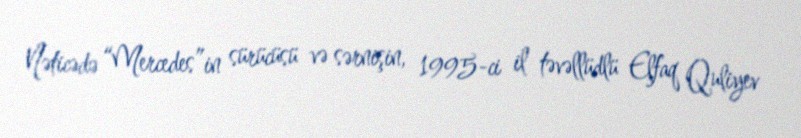
Nəticədə “Mercedes”in sürücüsü və sərnişin, 1995-ci il təvəllüdlü Elfaq Quliyev